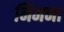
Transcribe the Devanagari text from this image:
निमना